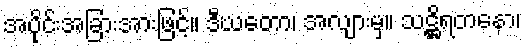
အပိုင်းအခြားအားဖြင့်။ ဒီဃတော၊ အလျားမှ။ သဋ္ဌိရတနော၊